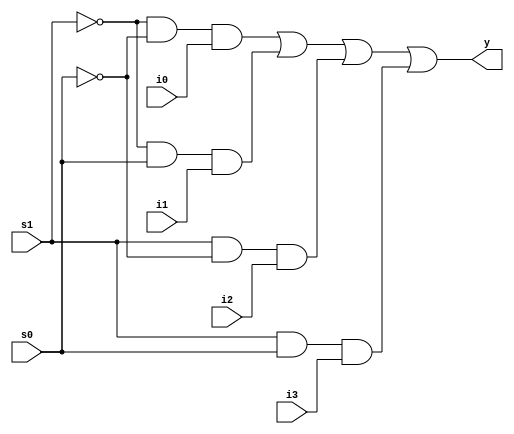
module fourmux(i0,i1,i2,i3,s0,s1,y);
input i0,i1,i2,i3,s0,s1;
output reg y;
always @ (*)
begin
y=((~s1)&(~s0)&(i0)|(~s1)&(s0)&(i1)|(s1)&(~s0)&(i2)|(s1)&(s0)&(i3));
end
endmodule